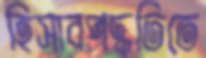
হিসাবপদ্ধতিতে